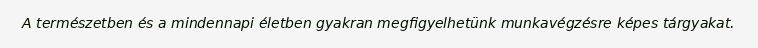
A természetben és a mindennapi életben gyakran megfigyelhetünk munkavégzésre képes tárgyakat.